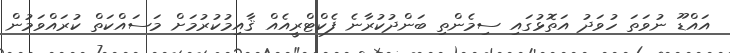
އައްޑޫ ނުވަތަ ހުވަދު އަތޮޅުގައި ސިމެންތި ބަންދުކުރާނެ ފެކްޓްރީއެއް ޤާއިމުކުރުމަށް މަސައްކަތް ކުރައްވަމުން